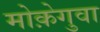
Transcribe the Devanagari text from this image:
मोक़ेगुवा